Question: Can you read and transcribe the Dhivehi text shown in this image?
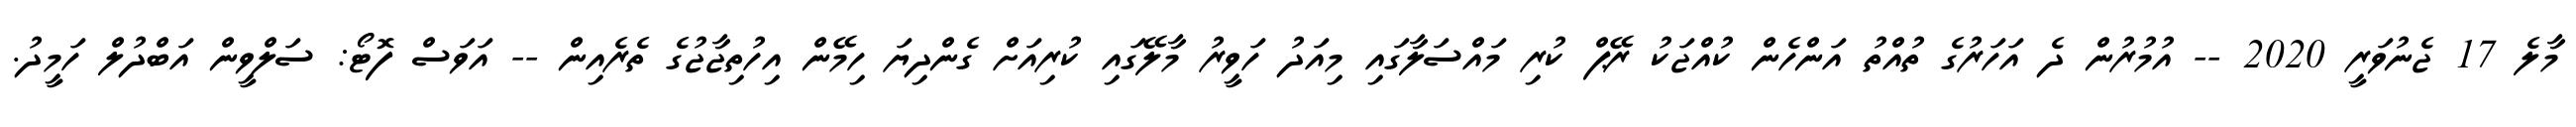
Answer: މާލެ 17 ޖެނުވަރީ 2020 -- އުމުރުން ދެ އަހަރުގެ ތުއްތު އަންހެން ކުއްޖަކު ރޭޕް ކުރި މައްސަލާގައި މިއަދު ހަވީރު މާލޭގައި ކުރިއަށް ގެންދިޔަ ހިމޭން އިހުތިޖާޖުގެ ތެރެއިން -- އަވަސް ފޮޓޯ: ސަލްވީން އަބްދުލް ހަމީދު.